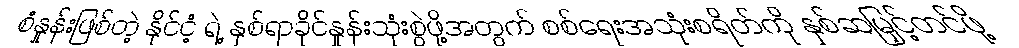
စံနှုန်းဖြစ်တဲ့ နိုင်ငံ့ ရဲ့ နှစ်ရာခိုင်နှုန်းသုံးစွဲဖို့အတွက် စစ်ရေးအသုံးစရိတ်ကို နှစ်ဆမြှင့်တင်ဖို့